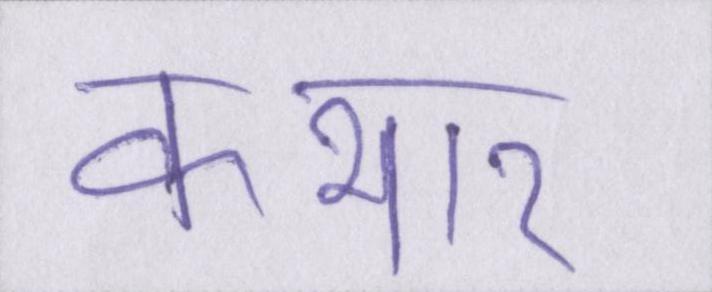
कभार